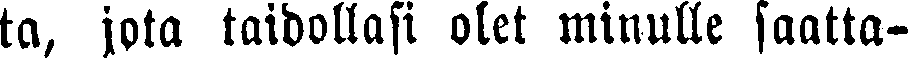
ta, jota taidollasi olet minulle saatta-